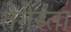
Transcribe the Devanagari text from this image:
तेगेस्ता